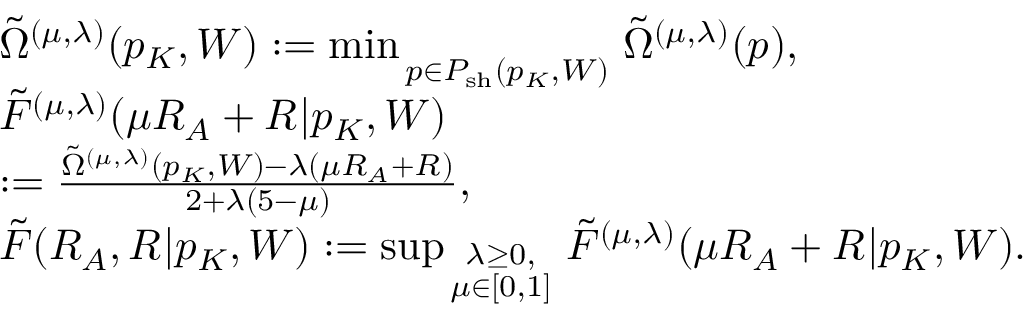
\begin{array} { r l } & { \tilde { \Omega } ^ { ( \mu , \lambda ) } ( p _ { K } , W ) : = \operatorname* { m i n } _ { \scriptstyle \atop { \scriptstyle p \in { { \cal P } _ { \mathrm { s h } } ( p _ { K } , W ) } } } \tilde { \Omega } ^ { ( \mu , \lambda ) } ( p ) , } \\ & { \tilde { F } ^ { ( \mu , \lambda ) } ( { \mu } R _ { \cal A } + R _ { \empty } | p _ { K } , W ) } \\ & { : = \frac { \tilde { \Omega } ^ { ( \mu , \lambda ) } ( p _ { K } , W ) - \lambda ( { \mu } R _ { \cal A } + R _ { \empty } ) } { 2 + \lambda ( 5 - \mu ) } , } \\ & { \tilde { F } ( R _ { \cal A } , R _ { \empty } | p _ { K } , W ) : = \operatorname* { s u p } _ { \scriptstyle \lambda \geq 0 , \atop { \scriptstyle \mu \in [ 0 , 1 ] } } \tilde { F } ^ { ( \mu , \lambda ) } ( { \mu } R _ { \cal A } + R _ { \empty } | p _ { K } , W ) . } \end{array}